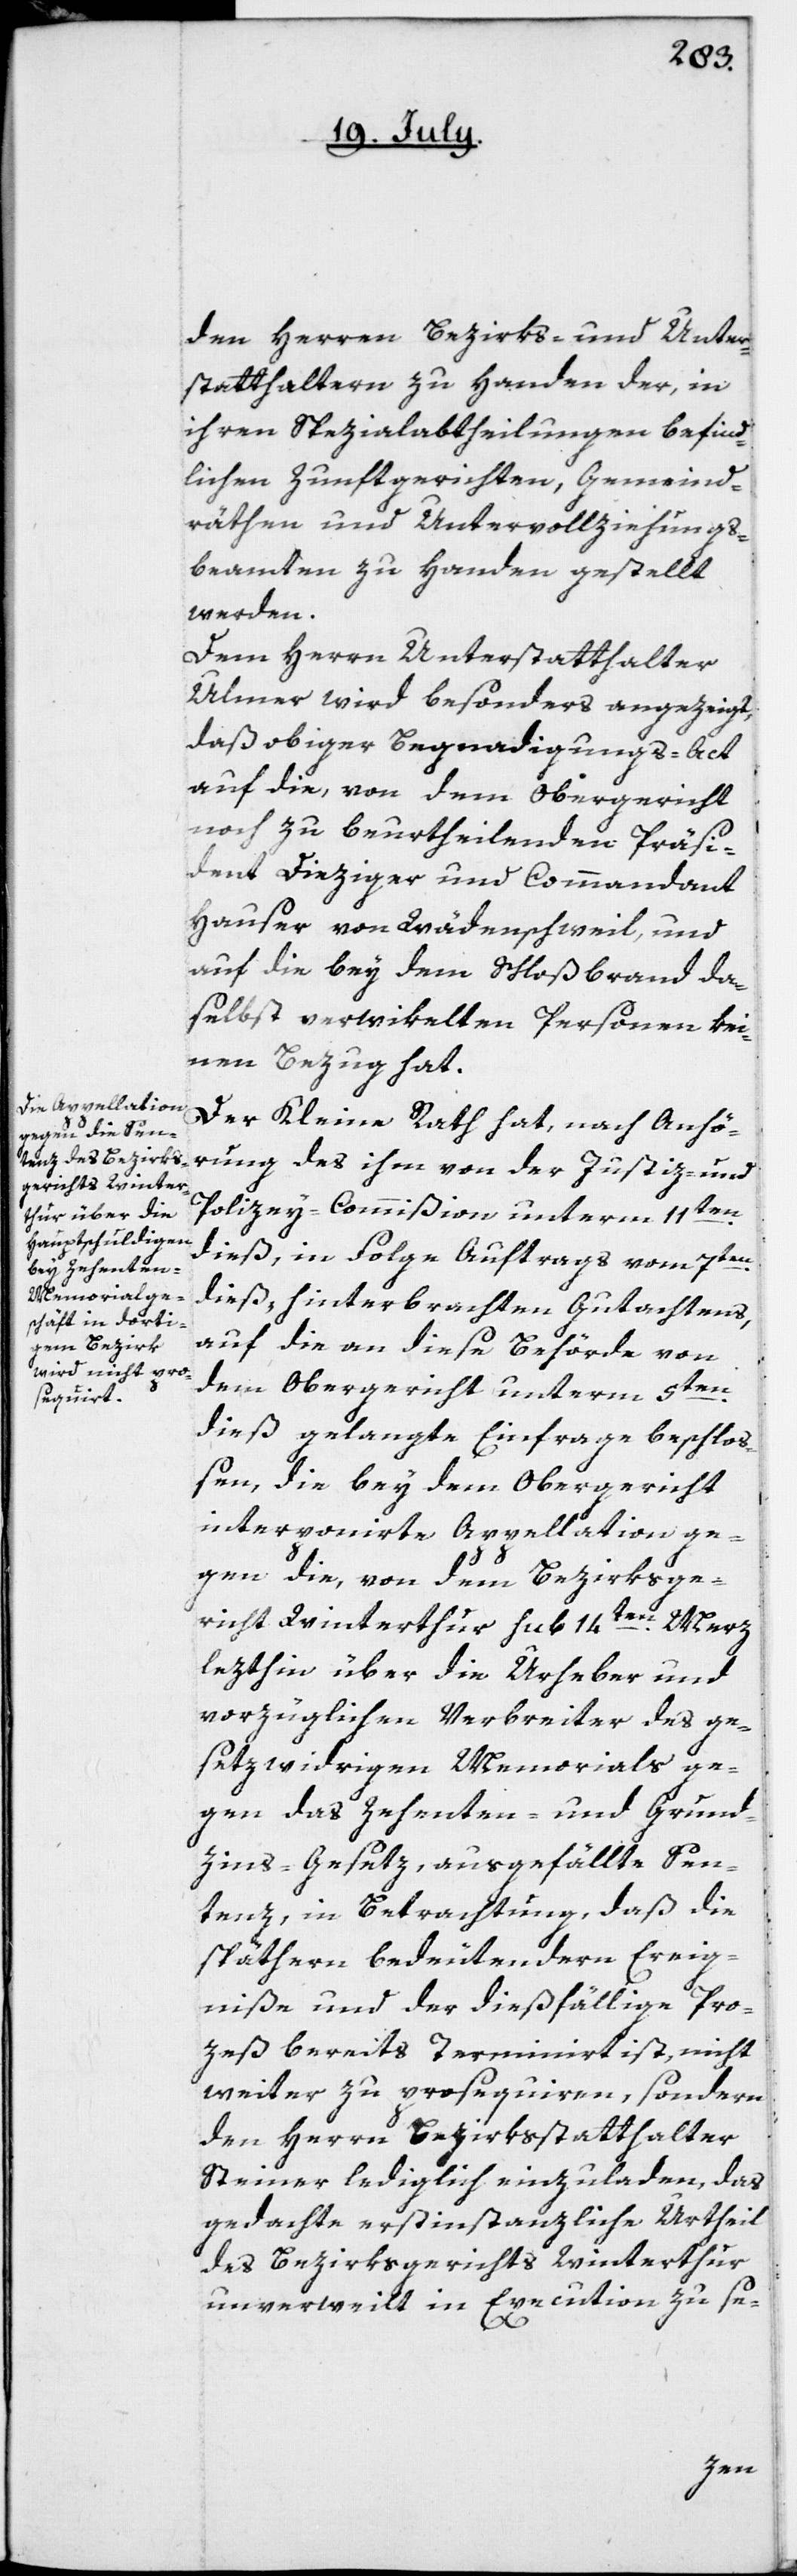
den Herren Bezirks- und Unter¬
statthaltern zu Handen der, in
ihren Spezialabtheilungen befind¬
lichen Zunftgerichten, Gemeind¬
räthen und Untervollziehungs¬
beamten zu Handen gestellt
werden.
Dem Herrn Unterstatthalter
Ulmer wird besonders angezeigt,
daß obiger Begandigungs-Act
auf die, von dem Obergericht
noch zu beurtheilenden Präsi¬
dent Dieziger und Commandant
Hauser von Wädenschweil, und
auf die bey dem Schloßbrand da¬
selbst verwikelten Personen kei¬
nen Bezug hat.
Der Kleine Rath hat, nach Anhö¬
rung des ihm von der Justiz- und
Polizey-Commißion unterm 11ten
dieß, in Folge Auftrags vom 7ten
dieß, hinterbrachten Gutachtens,
auf die an diese Behörde von
dem Obergericht unterm 5ten
dieß gelangte Einfrage beschloß¬
en, die bey dem Obergericht
interponirte Appellation ge¬
gen die, von dem Bezirksge¬
richt Winterthur sub 14ten März
lezthin über die Urheber und
vorzüglichen Verbreiter des ge¬
setzwidrigen Memorials ge¬
gen das Zehenten- und Grund-Z¬
ins-Gesetz, ausgefällte Sen¬
tenz, in Betrachtung, daß die
späthern bedeutendern Ereig¬
niße und der dießfällige Pro¬
zeß bereits terminirt ist, nicht
weiter zu prosequiren, sondern
den Herrn Bezirksstatthalter
Steiner lediglich einzuladen, das
gedachte erstinstanzliche Urtheil
des Bezirksgerichts Winterthur
unverweilt in Execution zu se-